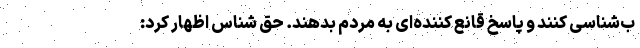
ب‌شناسی کنند و پاسخ قانع کننده‌ای به مردم بدهند. حق شناس اظهار کرد: